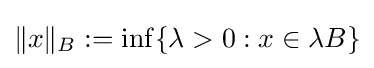
\|x\|_{B}:=\inf\{\lambda >0:x\in \lambda B\}